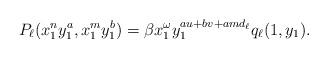
LaTeX: \begin{gather*}P_\ell(x_1^n y_1^a, x_1^m y_1^b)=\beta x_1^{\omega} y_1^{a u+b v+ a m d_\ell} q_\ell(1,y_1).\end{gather*}